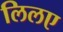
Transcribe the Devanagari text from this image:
लिलए